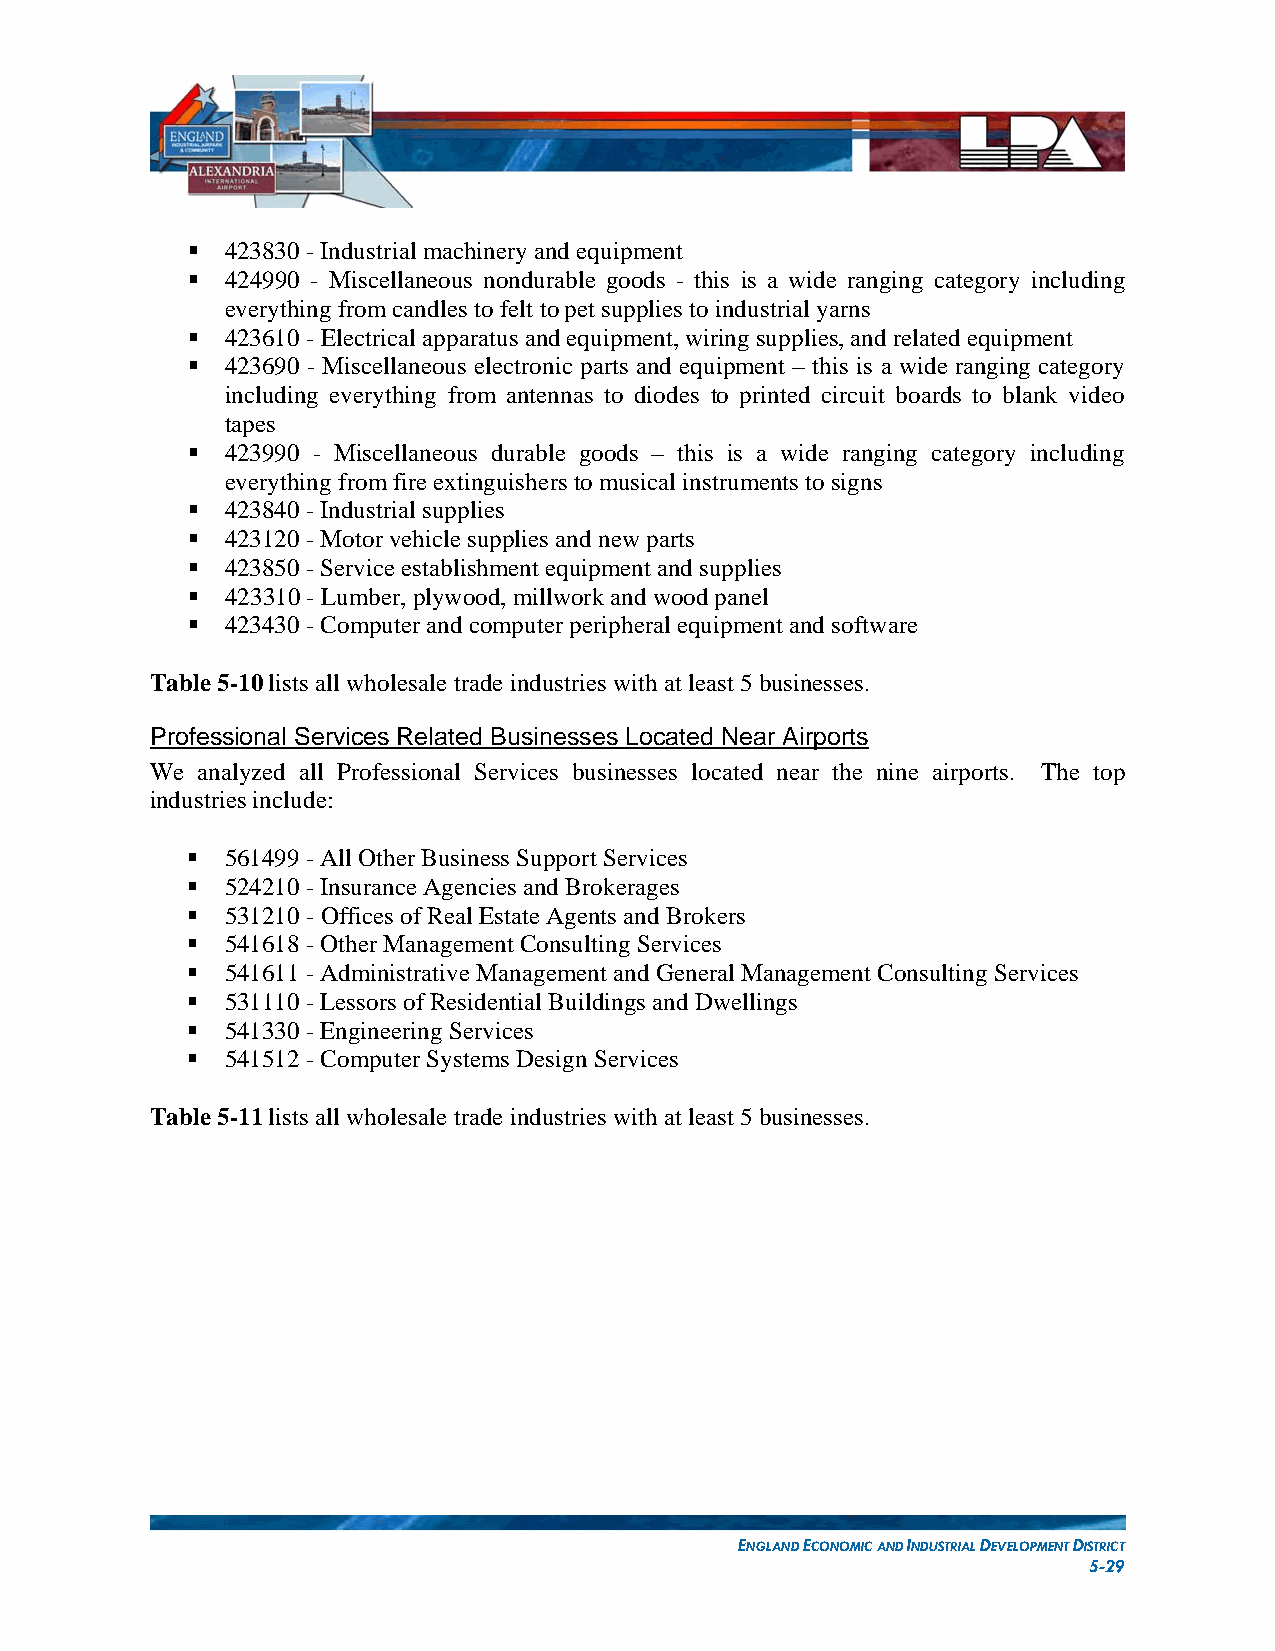
  423830 - Industrial machinery and equipment
   424990 - Miscellaneous nondurable goods - this is a wide ranging category including
 everything from candles to felt to pet supplies to industrial yarns
   423610 - Electrical apparatus and equipment, wiring supplies, and related equipment
   423690 - Miscellaneous electronic parts and equipment – this is a wide ranging category
 including everything from antennas to diodes to printed circuit boards to blank video
 tapes
   423990 - Miscellaneous durable goods – this is a wide ranging category including
 everything from fire extinguishers to musical instruments to signs
   423840 - Industrial supplies
   423120 - Motor vehicle supplies and new parts
   423850 - Service establishment equipment and supplies
   423310 - Lumber, plywood, millwork and wood panel
   423430 - Computer and computer peripheral equipment and software
 Table 5-10 lists all wholesale trade industries with at least 5 businesses.
 Professional Services Related Businesses Located Near Airports
 We analyzed all Professional Services businesses located near the nine airports. The top
 industries include:
   561499 - All Other Business Support Services
   524210 - Insurance Agencies and Brokerages
   531210 - Offices of Real Estate Agents and Brokers
   541618 - Other Management Consulting Services
   541611 - Administrative Management and General Management Consulting Services
   531110 - Lessors of Residential Buildings and Dwellings
   541330 - Engineering Services
   541512 - Computer Systems Design Services
 Table 5-11 lists all wholesale trade industries with at least 5 businesses.
 ENGLAND ECONOMIC AND INDUSTRIAL DEVELOPMENT DISTRICT
 5-29